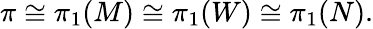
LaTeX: \pi\cong\pi_{1}(M)\cong\pi_{1}(W)\cong\pi_{1}(N).